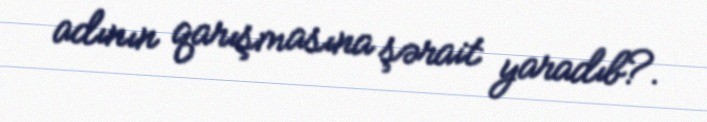
adının qarışmasına şərait yaradıb?.